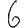
Digit: 6